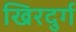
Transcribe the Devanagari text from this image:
खिरदुर्ग